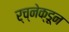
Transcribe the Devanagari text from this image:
र्च्नेक्डून